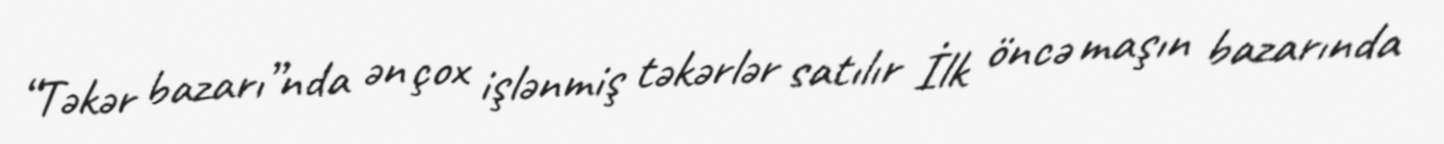
“Təkər bazarı”nda ən çox işlənmiş təkərlər satılır İlk öncə maşın bazarında